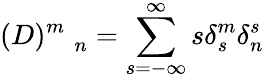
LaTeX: (D)_{\quad n}^{m}=\sum_{s=-\infty}^{\infty}s\delta_{s}^{m}\delta_{n}^{s}